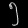
Digit: ၅